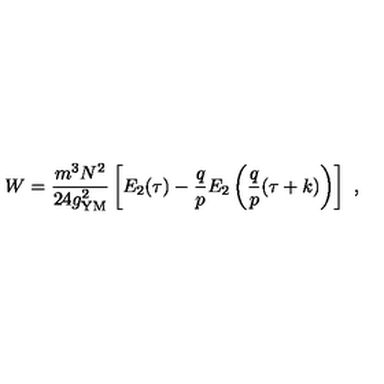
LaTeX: W = { \frac { m ^ { 3 } N ^ { 2 } } { 2 4 g _ { \mathrm { Y M } } ^ { 2 } } } \left[ E _ { 2 } ( \tau ) - { \frac { q } { p } } E _ { 2 } \left( { \frac { q } { p } } ( \tau + k ) \right) \right] \ ,